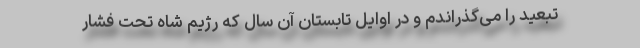
تبعید را می‌گذراندم و در اوایل تابستان آن سال كه رژیم شاه تحت فشار